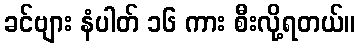
ခင်ဗျား နံပါတ် ၁၆ ကား စီးလို့ရတယ်။